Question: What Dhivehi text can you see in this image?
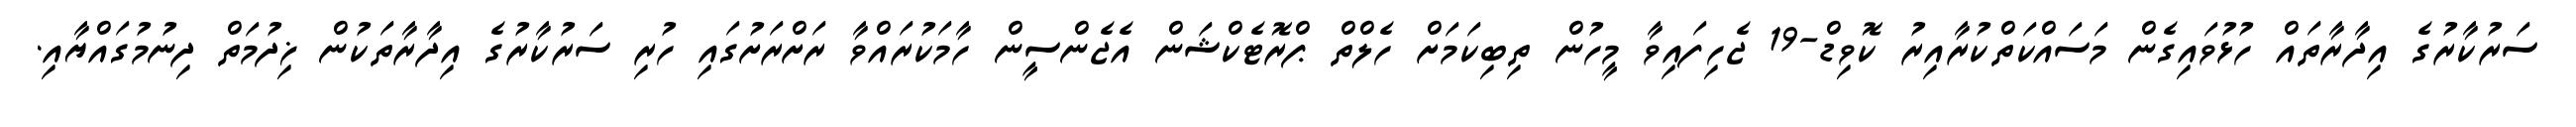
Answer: ސަރުކާރުގެ އިދާރާތައް ހުޅުވައިގެން މަސައްކަތްކުރާއިރު ކޮވިޑް-19 ޖެހިފައިވާ މީހުން ތިބިކަމަށް ހެލްތް ޕްރޮޓެކްޝަން އެޖެންސީން ހާމަކުރައްވާ ރަށްރަށުގައި ހުރި ސަރުކާރުގެ އިދާރާތަކުން ޚިދުމަތް ދިނުމުގައްޔާއި.